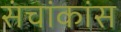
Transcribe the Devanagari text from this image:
संचांकांस